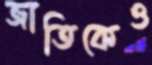
জাতিকেও